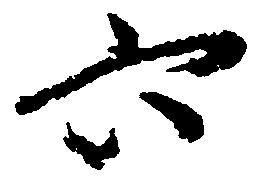
六